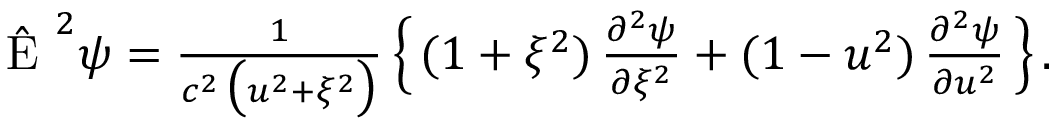
\begin{array} { r } { \hat { \mathrm { ~ E ~ } } ^ { 2 } \psi = \frac { 1 } { c ^ { 2 } \, \big ( u ^ { 2 } + \xi ^ { 2 } \big ) } \, \Big \{ \, ( 1 + \xi ^ { 2 } ) \, \frac { \partial ^ { 2 } \psi } { \partial \xi ^ { 2 } } + ( 1 - u ^ { 2 } ) \, \frac { \partial ^ { 2 } \psi } { \partial u ^ { 2 } } \, \Big \} \, . \ \ \ } \end{array}